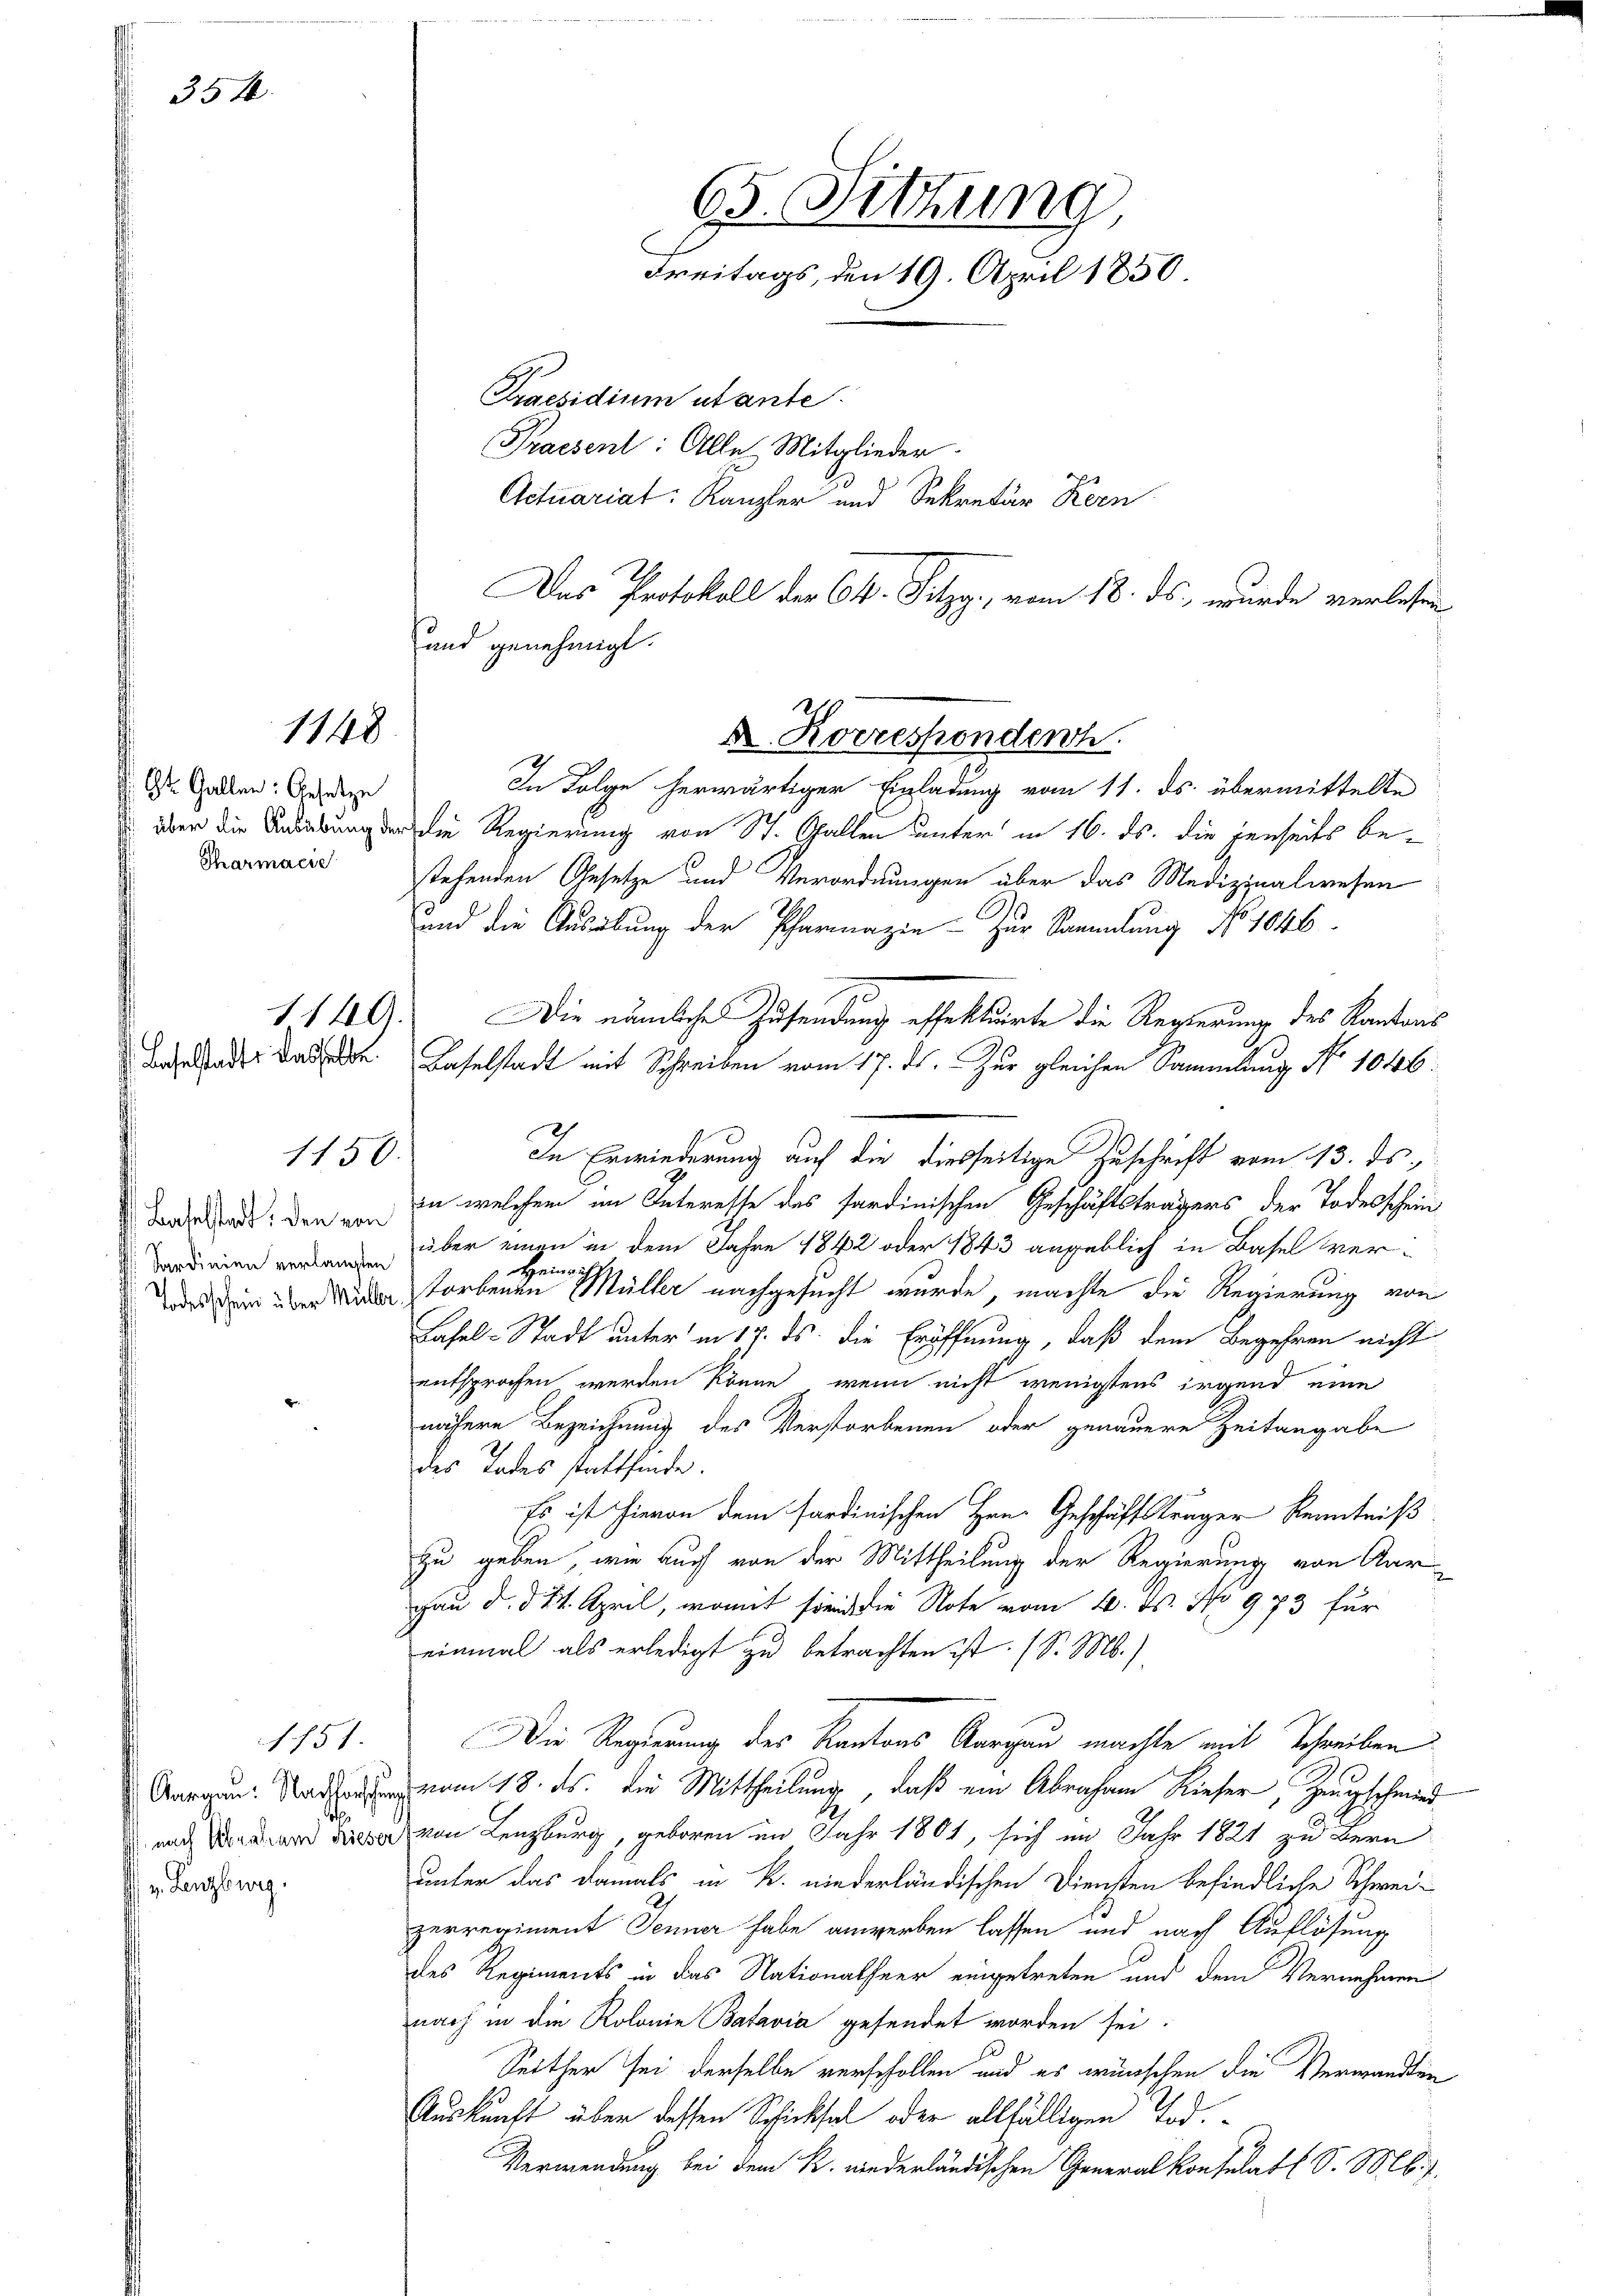
354

Dr. Gallen: Gesetze
Tharmacie

1148

Baselstadts dasselbe.

s nach Abraham Rieser
v. Lenzburg.

1751.

1156.

In Folge herwärtiger Einladung vom 11. ds. übermittelte
über die Bedierung der die Regierung von St. Gallen unter in 16. ds. die jenseits bestehenden Gesetze und Verordnungen über das Medizinalwesen
und die Ausübung der Pharmazin - zur Sammlung No 1046.
1149. Die nämliche Zusendung effektärte die Regierung des Kantons
Baselstadt mit Schreiben vom 17. ds. Zur gleichen Sammlung No 1046.
In Erwiederung auf die diesseitige Zuschrift vom 13. ds.
dargelade, den in welchem im Interesse des sardinischen Geschäftsträgers der Todesschein¬
 über einen in dem Jahre 1842 oder 1843 angeblich in Basel wer¬
Heimat
dar den in einer storbenen Müller nachgesucht wurde, machte die Regierung von
Lasel-Stadt unter in 17. ds. die Eröffnung, daß dem Begehren nicht
entsprochen werden könne, wenn nicht wenigstens irgend eine
nähere Bezeichnung des Verstorbenen oder genauere Zeitangabe
des Todesstattfinde.
Es ist hievon dem sardinischen Hrn. Geschäftsträger Kenntniß
zu geben, wie auch von der Mittheilung der Regierung von Aargau d. d. 21. April, womit sind die Note vom 10. ds. No 973 für
einmal als erledigt zu betrachten ist. (S. Ms.).
Die Regierung des Kantons Aargau machte mit Schreiben
Aargau. Stadt vom 18. ds. die Mittheilung, daß ein Abraham Rieser, Zeugschmied
von Lenzburg, geboren im Jahr 1801, sich im Jahr 1821 zu Bern
unter das damals in R. niederländischen Diensten befindliche Schwei-
zerregiment Jenner habe anwerben lassen und nach Auflösung
des Regiments in das Nationalheer eingetreten und dem Vernehmen
nach in die Kolonie Batavia gesendet worden sei.
Seither sei derselbe verschollen und es wünschen die Verwandten
Auskunft über dessen Schicksal oder allfälligen Tod.
Verwendung bei dem R. niederländischen Generalkonsulat S. M. J.

65. Sitzung
Freitags, den 19. April 1850
Praesidium utante.
Praesent: Alle Mitglieder.
Actuariat: Kanzler und Sekretär Kern

und genehmigt.
A. Korresponderh

Das Protokoll der C. Pitzg., vom 18. ds., wurde verlesen